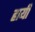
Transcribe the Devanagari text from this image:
हायी